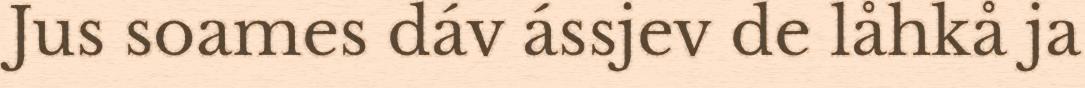
Jus soames dáv ássjev de låhkå ja